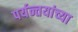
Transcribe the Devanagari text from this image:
पर्यन्तयांच्या